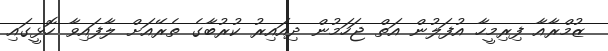
ޒުމްރާއާ ފިރިމީހާ އުފަލުން އަތް ޖަހަމުން ދިއައިރު ކުރުބާގެ ތެރޭއަށް ލާފައިވާ ހޮޅީގައި